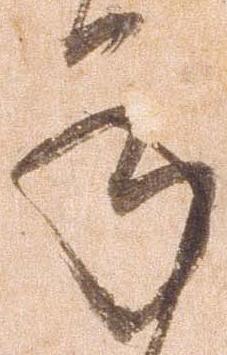
承